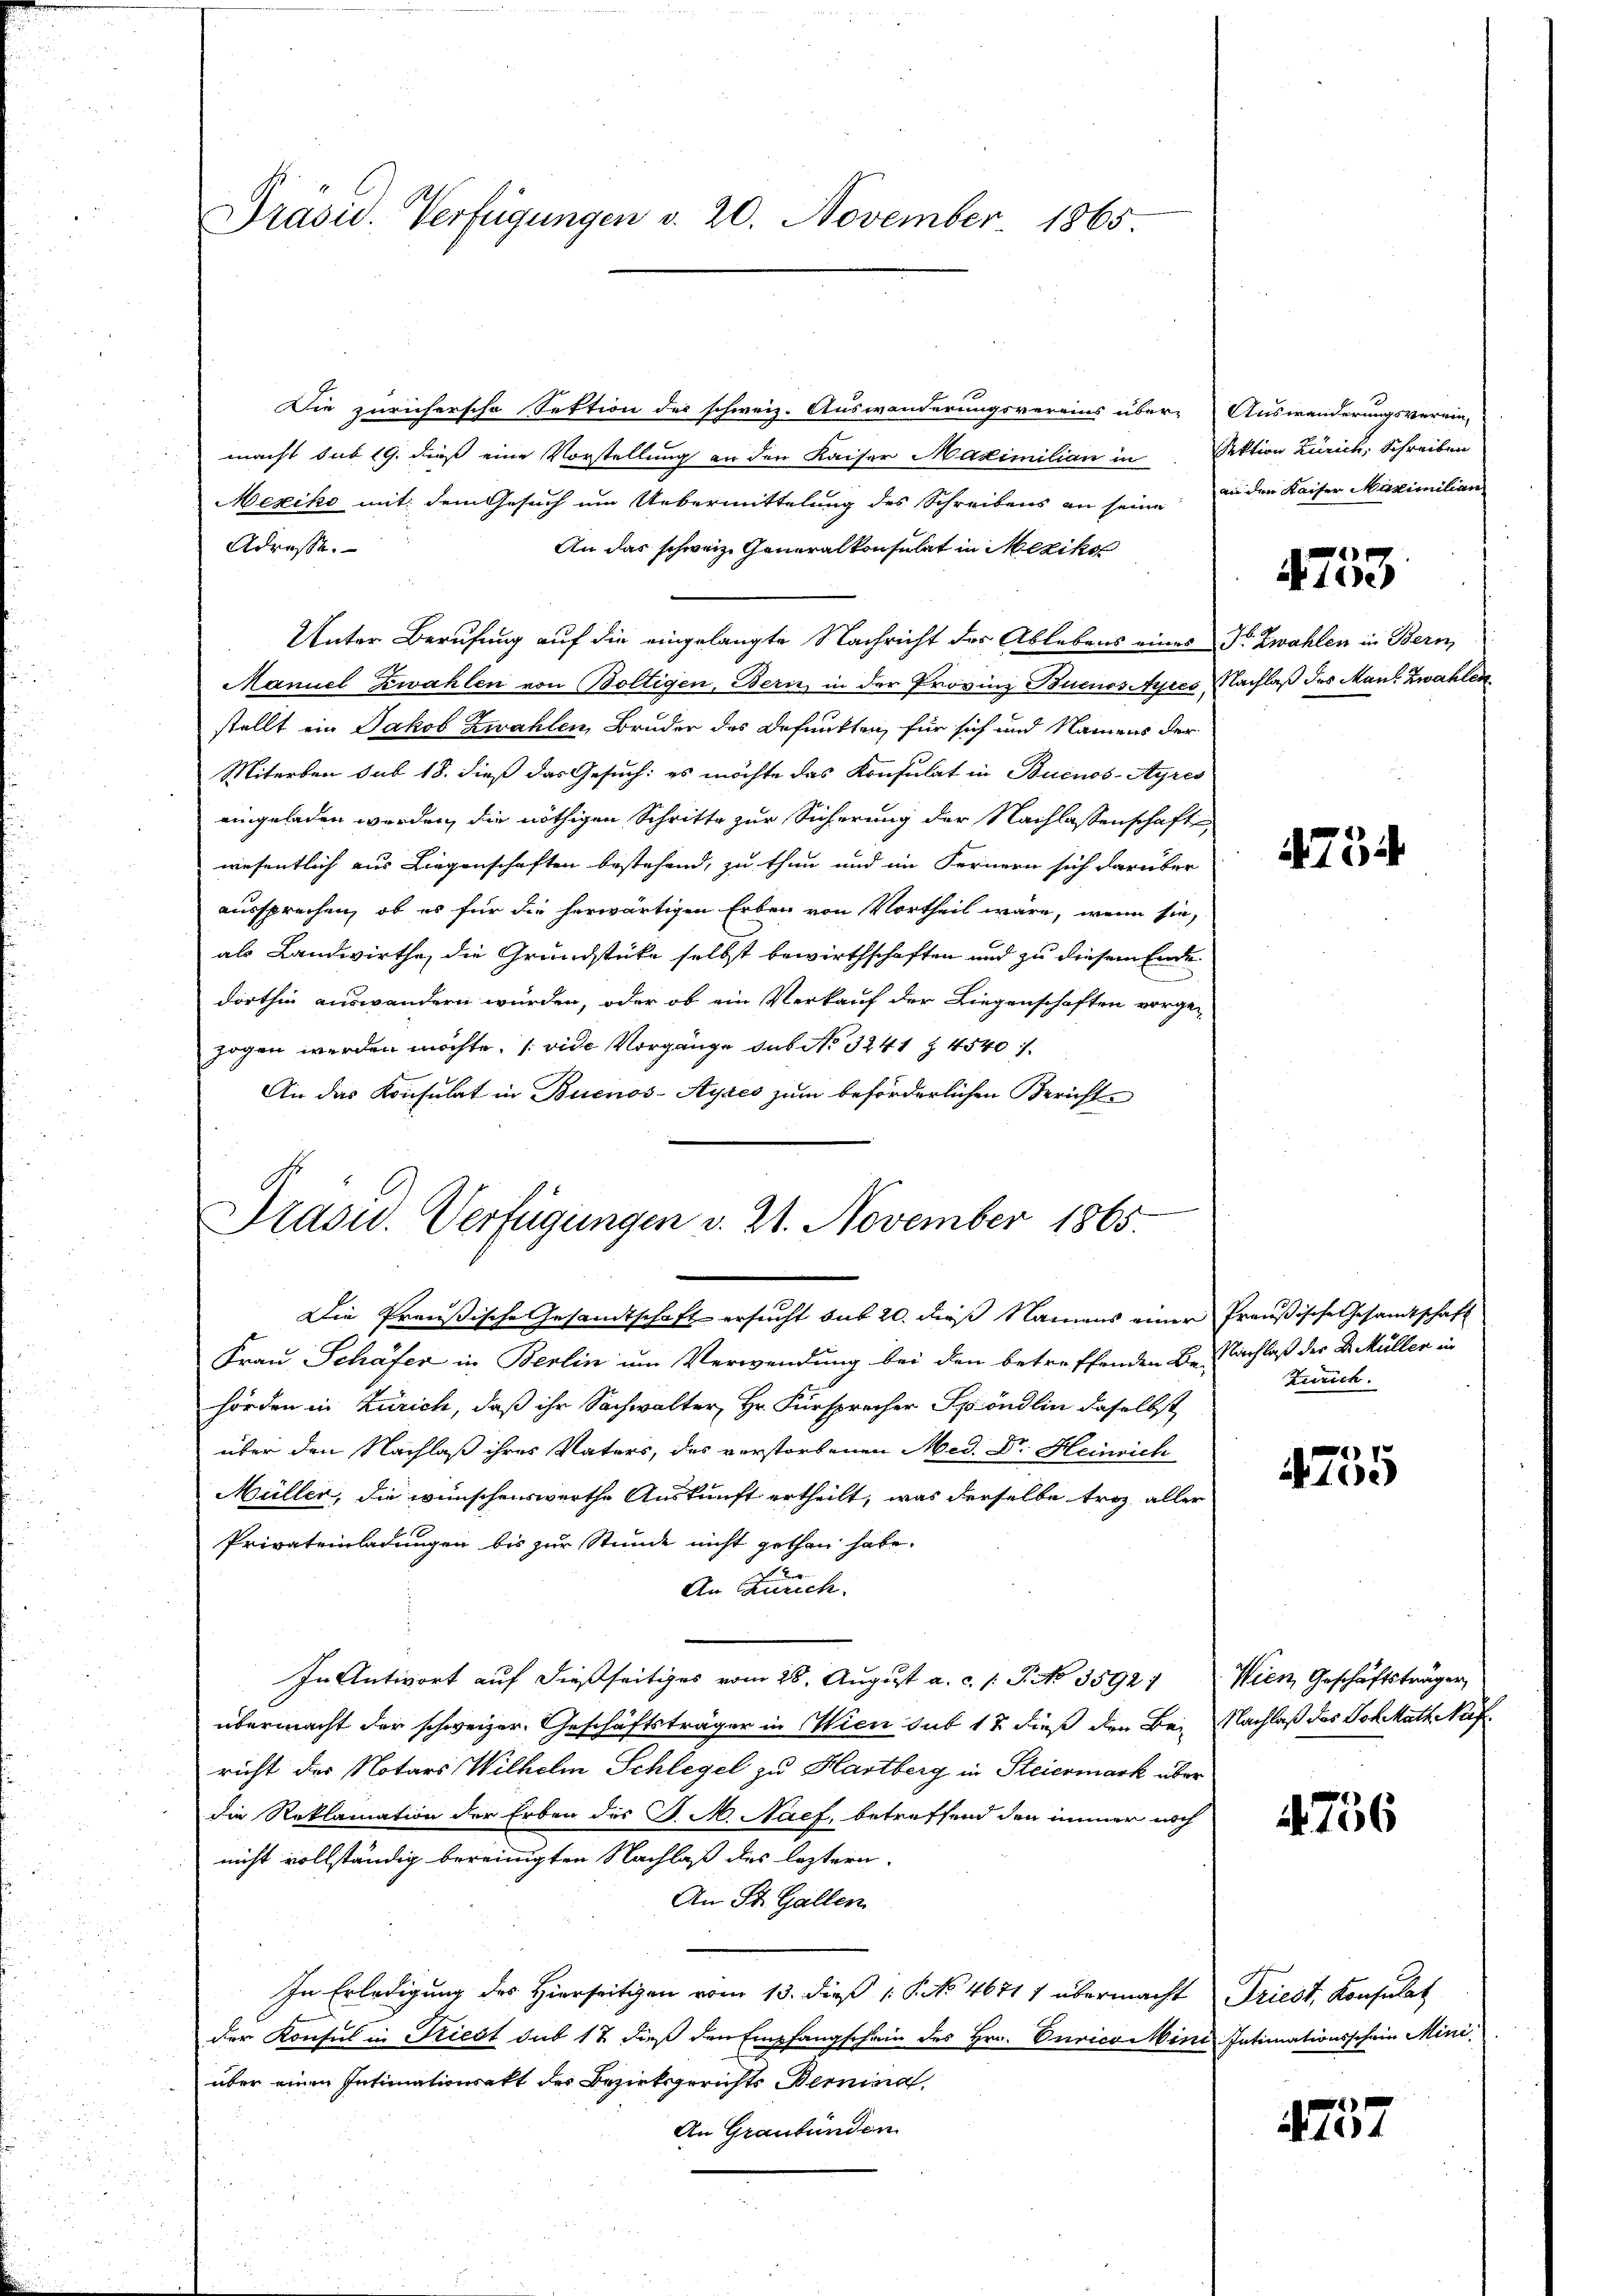
Präsid. Verfügungen v. 20. November 1865

Die zürichersche Sektion des schweiz. Auswanderungsvereins über-
macht sub 19. dieß eine Vorstellung an den Kaiser Maximilian in Sektion Zürich, Schreiben
Mexiko mit dem Gesuch um Uebermittelung des Schreibens an seine
Adresse.
An das schweiz. Generalkonsulat in Mexiko
Unter Berufung auf die eingelangte Nachricht des Ablebens eines Dr. Zwahlen in Bern
Manuel Zwahlen von Boltigen, Berić in der Provinz Buenos Ayres Nachlaß des Man zwahlen
stellt ein Jakob Zwahlen, Bruder des Befunkten, für sich und Namens der
Miterben sub 18. dieß das Gesuch: es möchte das Konsulat in Buenos-Ayres
eingeladen werden, die nöthigen Schritte zur Sicherung der Nachlassenschaft
wesentlich aus Liegenschaften bestehend, zu thun und im Fernern sich darüber
aussprechen, ob es für die herwärtigen Erben von Vortheil wäre, wenn sie,
als Landwirthe, die Grundstücke selbst bewirthschaften und zu diesem Ende
dorthin auswandern würden, oder ob ein Verkauf der Liegenschaften vorge-
zogen werden möchte. (vide Vorgänge sub No 3241 Z. 4540 f.
An das Konsulat in Buenos-Ayres zum beförderlichen Bericht

Präsid.. Verfügungen v. 21. November 1865.
Die Preußische Gesandtschaft ersucht sub 20. dieß Namens einer Preußische Gesandtschaft

Frau Schäfer in Berlin um Verwendung bei den betreffenden Beschlaß der Dr. Müller in
hörden in Zürich, daß ihr Sachwalter, Hr. Fürsprecher Spöndlin daselbst
über den Nachlaß ihres Vaters, des verstorbenen Med. Dr. Heinrich
Müller, die wünschenswerthe Auskunft ertheilt, was derselbe troz aller
Privateinladungen bis zur Stunde nicht gethan habe.
An Zürich.
In Antwort auf dießseitiges vom 28. August a. c. l. J. No 3592. Wien Geschäftsträger
übermacht der schweizer. Geschäftsträger in Wien sub 17 dieß den Bei Nachlaß des Joh. Math. Nies
richt der Notars Wilhelm Schlegel zu Hartberg in Steiermark über
die Reklamation der Erben des J. M. Naef, betreffend den immer noch
nicht vollständig bereinigten Nachlaß des leztern
An St. Gallen
In Erledigung des Hierseitigen vom 13. dieß P. No 46717 übermacht Triest, Konfulat
der Konsul in Kiest sub 12 dieß den Empfangschein des Hrn. Curicomini Intimationsschein Miniüber einen Intimationsakt der Bezirksgerichts Bernina
An Graubünden

Auswanderungsverein,
an den Kaiser Maximilian

4753

475

Zürich.

4755

4756

1 x
ad. 104